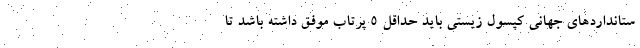
ستانداردهای جهانی کپسول زیستی باید حداقل ۵ پرتاب موفق داشته باشد تا